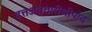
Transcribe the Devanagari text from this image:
दत्तअवतारीश्रीपाद